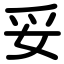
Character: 妥